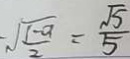
\sqrt { \frac { 1 - a } { 2 } } = \frac { \sqrt { 5 } } { 5 }